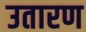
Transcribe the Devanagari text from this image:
उतारण